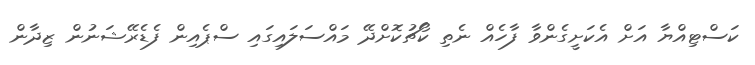
ކަސްޓިއްޔާ އަށް އެކަށީގެންވާ ފާހެއް ނެތި ކޯޗުކޮށްދޭ މައްސަލައިގައި ސްޕެއިން ފެޑެރޭޝަނުން ޒިދާން